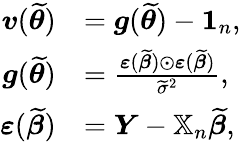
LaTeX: \begin{array}{rl}{\boldsymbol{v}(\widetilde{\boldsymbol{\theta}})}&{=\boldsymbol{g}(\widetilde{\boldsymbol{\theta}})-\boldsymbol{1}_{n},}\\ {\boldsymbol{g}(\widetilde{\boldsymbol{\theta}})}&{=\frac{\boldsymbol{\varepsilon}(\widetilde{\boldsymbol{\beta}})\odot\boldsymbol{\varepsilon}(\widetilde{\boldsymbol{\beta}})}{\widetilde{\sigma}^{2}},}\\ {\boldsymbol{\varepsilon}(\widetilde{\boldsymbol{\beta}})}&{=\boldsymbol{Y}-\mathbb{X}_{n}\widetilde{\boldsymbol{\beta}},}\end{array}